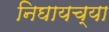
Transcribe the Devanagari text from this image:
निघायच्या